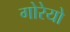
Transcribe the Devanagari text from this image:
गोरेयो